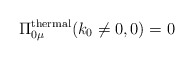
\begin{align*}\Pi_{0\mu}^{\rm thermal} (k_{0}\neq 0,0) = 0\end{align*}